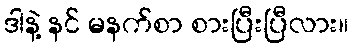
ဒါနဲ့ နင် မနက်စာ စားပြီးပြီလား။